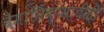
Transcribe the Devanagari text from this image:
वैमानिकांसाठीही